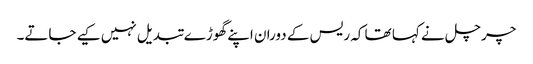
چرچل نے کہا تھا کہ ریس کے دوران اپنے گھوڑے تبدیل نہیں کیے جاتے۔